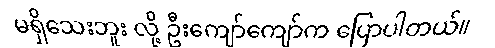
မရှိသေးဘူး လို့ ဦးကျော်ကျော်က ပြောပါတယ်။